Scottish Leaving Certificate Examination, 1960
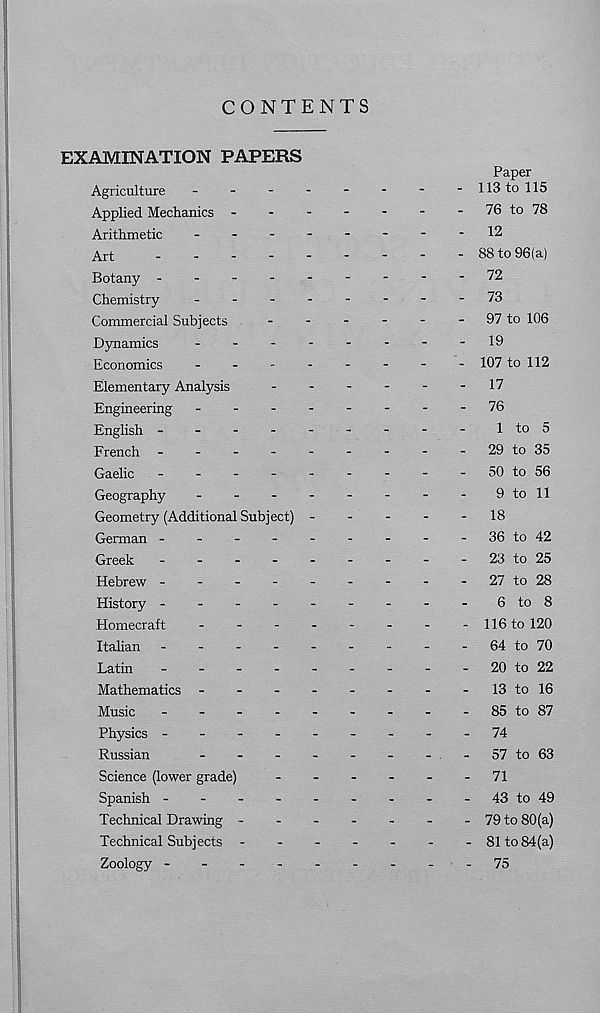
CONTENTS
EXAMINATION PAPERS
Agriculture
-
-
-
-
Applied Mechanics -
-
-
Arithmetic
-
-
-
-
Art
Botany -
-
-
-
-
Chemistry
-
-
-
-
Commercial Subjects
Dynamics
-
-
-
-
Economics
-
-
-
-
Elementary Analysis
Engineering
-
-
-
-
English -
-
-
-
-
French -
-
-
-
-
Gaelic
-
-
-
-
-
Geography
-
-
-
-
Geometry (Additional Subject) -
German -
-
-
-
-
Greek
Hebrew -
-
-
-
-
History -
-
-
-
-
Homecraft
-
-
-
-
Italian -
-
-
-
-
Latin
_
.
-
.
.
Mathematics -
-
-
-
Music
_
-
_
.
-
Physics -
-
-
-
-
Russian
-
Science (lower grade)
Spanish -
-
-
-
-
Technical Drawing -
Technical Subjects
Zoology -
-
-
-
.
Paper
113 to 115
76 to 78
12
88 to 96(a)
72
73
97 to 106
19
107 to 112
17
76
1 to 5
29 to 35
50 to 56
9 to 11
18
36 to 42
23 to 25
27 to 28
6 to 8
116 to 120
64 to 70
20 to 22
13 to 16
85 to 87
74
57 to 63
71
43 to 49
79 to 80(a)
81 to 84(a)
75